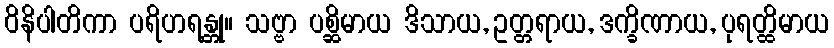
ဝိနိပါတိကာ ပရိဟရန္တု။ သဗ္ဗာ ပစ္ဆိမာယ ဒိသာယ, ဥတ္တရာယ, ဒက္ခိဏာယ, ပုရတ္ထိမာယ